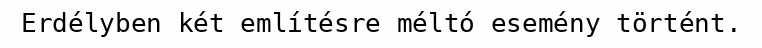
Erdélyben két említésre méltó esemény történt.